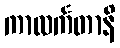
ကာလင်္ကတာနိ